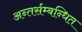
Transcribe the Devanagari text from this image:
अन्तर्सम्बन्धित